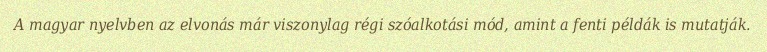
A magyar nyelvben az elvonás már viszonylag régi szóalkotási mód, amint a fenti példák is mutatják.